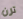
ترن